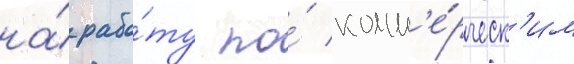
на́ рабо́ту по́ комм'е́рческ'им